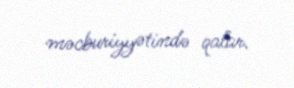
məcburiyyətində qalar.